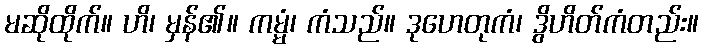
မဆိုထိုက်။ ဟိ၊ မှန်၏။ ကမ္မံ၊ ကံသည်။ ဒုဟေတုကံ၊ ဒွိဟိတ်ကံတည်း။